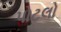
પોટલો